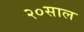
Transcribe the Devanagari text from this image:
२०साल